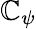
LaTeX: \mathbb{C}_{\psi}